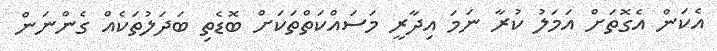
އެކަން އެގޮތަށް އަމަލު ކުރާ ނަމަ އިދާރީ މަސައްކަތްތަކަށް ބޮޑެތި ބަދަލުތަކެއް ގެންނަން